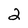
Character: 2